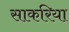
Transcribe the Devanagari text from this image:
साकरिया